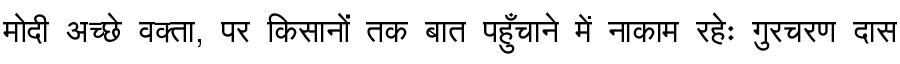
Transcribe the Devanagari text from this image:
मोदी अच्छे वक्ता, पर किसानों तक बात पहुँचाने में नाकाम रहेः गुरचरण दास